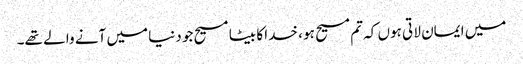
میں ایمان لا تی ہوں کہ تم مسیح ہو ، خدا کا بیٹا مسیح جو دنیا میں آنے وا لے تھے۔